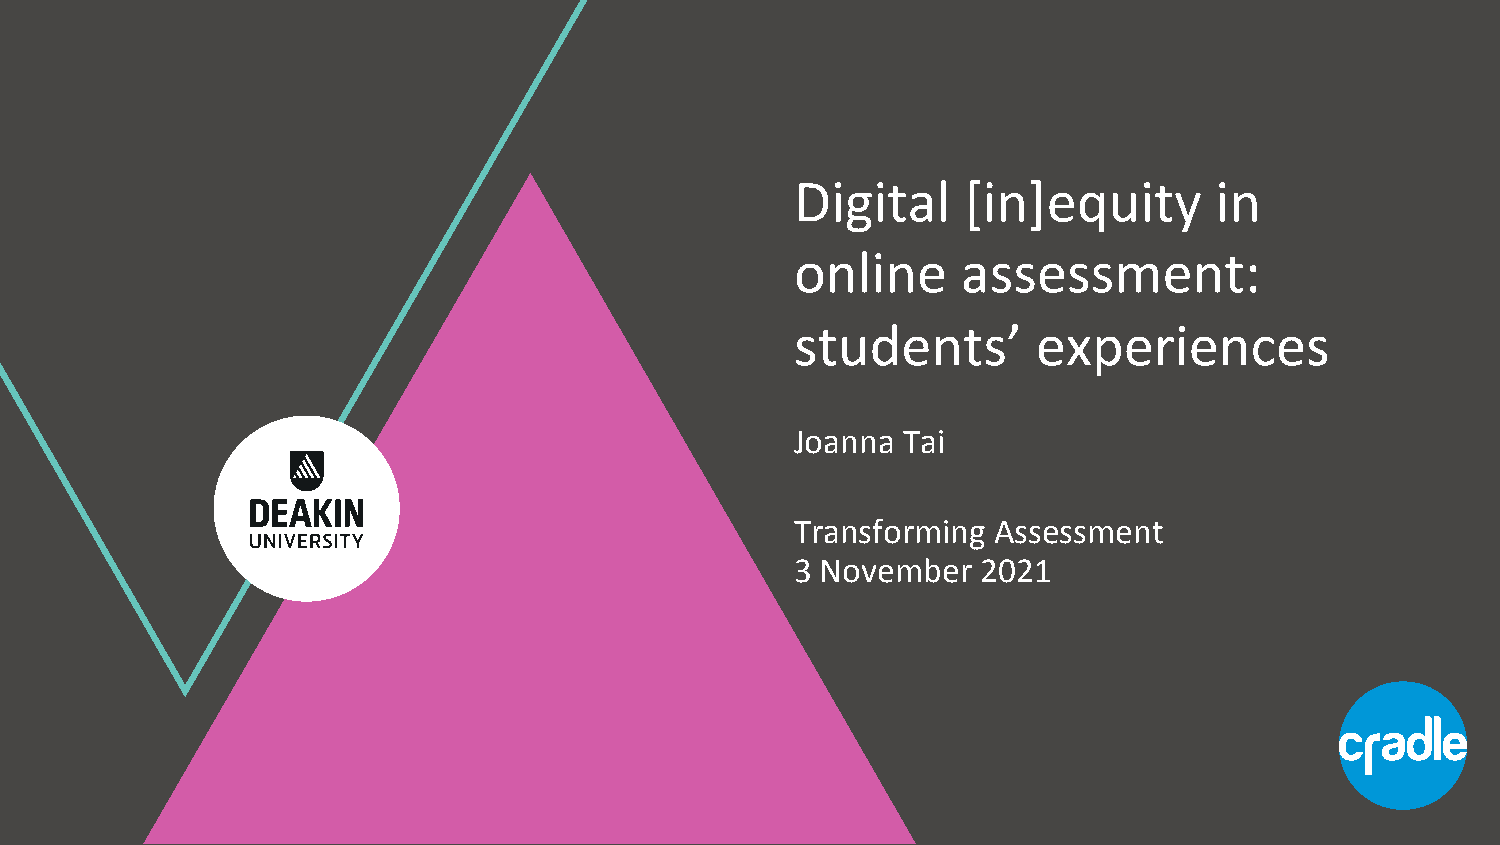
Digital    [in]equity      in
 online     assessment:
 students’       experiences
 Joanna Tai
 Transforming Assessment
 3 November  2021
 @DrJoannaT